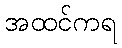
အထင်ကရ